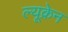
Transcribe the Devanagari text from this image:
ल्यूक्रेन